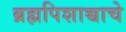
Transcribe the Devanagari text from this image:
ब्रह्मपिशाच्चाचे